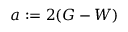
a : = 2 ( G - W )